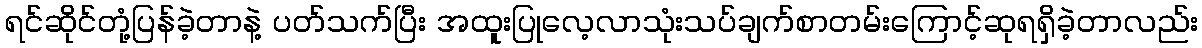
ရင်ဆိုင်တုံ့ပြန်ခဲ့တာနဲ့ ပတ်သက်ပြီး အထူးပြုလေ့လာသုံးသပ်ချက်စာတမ်းကြောင့်ဆုရရှိခဲ့တာလည်း